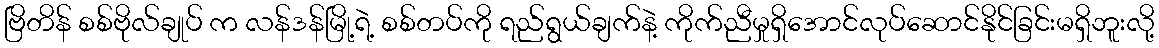
ဗြိတိန် စစ်ဗိုလ်ချုပ် က လန်ဒန်မြို့ရဲ့ စစ်တပ်ကို ရည်ရွယ်ချက်နဲ့ ကိုက်ညီမှုရှိအောင်လုပ်ဆောင်နိုင်ခြင်းမရှိဘူးလို့